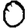
Digit: 0